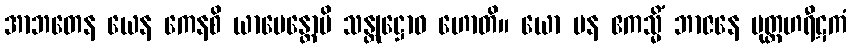
အာဘတေန ယေန ကေနစိ ယာပေန္တောပိ သန္တုဋ္ဌောဝ ဟောတိ။ ယော ပန ဧကသ္မိံ ဘာဇနေ မုတ္တဟရီဋကံ